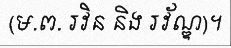
(ម.ព. រវិន និង រវ័ណ្ឌ)។